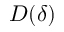
D ( \delta )